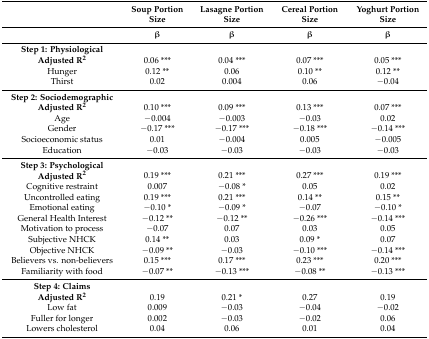
|  | Soup Portion Size | Lasagne Portion Size | Cereal Portion Size | Yoghurt Portion Size |
 |  | β | β | β | β |
 | --- | --- | --- | --- | --- |
 | Step 1: Physiological |  |  |  |  |
 | Adjusted R2 | 0.06 *** | 0.04 *** | 0.07 *** | 0.05 *** |
 | Hunger | 0.12 ** | 0.06 | 0.10 ** | 0.12 ** |
 | Thirst | 0.02 | 0.004 | 0.06 | −0.04 |
 | Step 2: Sociodemographic |  |  |  |  |
 | Adjusted R2 | 0.10 *** | 0.09 *** | 0.13 *** | 0.07 *** |
 | Age | −0.004 | −0.003 | −0.03 | 0.02 |
 | Gender | −0.17 *** | −0.17 *** | −0.18 *** | −0.14 *** |
 | Socioeconomic status | 0.01 | −0.004 | 0.005 | −0.005 |
 | Education | −0.03 | −0.03 | −0.03 | −0.03 |
 | Step 3: Psychological |  |  |  |  |
 | Adjusted R2 | 0.19 *** | 0.21 *** | 0.27 *** | 0.19 *** |
 | Cognitive restraint | 0.007 | −0.08 * | 0.05 | 0.02 |
 | Uncontrolled eating | 0.19 *** | 0.21 *** | 0.14 ** | 0.15 ** |
 | Emotional eating | −0.10 * | −0.09 * | −0.07 | −0.10 * |
 | General Health Interest | −0.12 ** | −0.12 ** | −0.26 *** | −0.14 *** |
 | Motivation to process | −0.07 | 0.07 | 0.03 | 0.05 |
 | Subjective NHCK | 0.14 ** | 0.03 | 0.09 * | 0.07 |
 | Objective NHCK | −0.09 ** | −0.03 | −0.10 *** | −0.14 *** |
 | Believers vs. non-believers | 0.15 *** | 0.17 *** | 0.23 *** | 0.20 *** |
 | Familiarity with food | −0.07 ** | −0.13 *** | −0.08 ** | −0.13 *** |
 | Step 4: Claims |  |  |  |  |
 | Adjusted R2 | 0.19 | 0.21 * | 0.27 | 0.19 |
 | Low fat | 0.009 | −0.03 | −0.04 | −0.02 |
 | Fuller for longer | 0.002 | −0.03 | −0.02 | 0.06 |
 | Lowers cholesterol | 0.04 | 0.06 | 0.01 | 0.04 |